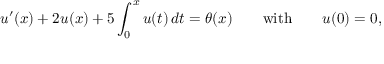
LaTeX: u ^ { \prime } ( x ) + 2 u ( x ) + 5 \int _ { 0 } ^ { x } u ( t ) \, d t = \theta ( x ) \qquad { \mathrm { w i t h } } \qquad u ( 0 ) = 0 ,